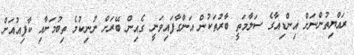
ރައްޔިތުންނަށް އިންޑިއާގެ ސަލާމަތީ ބާރުތަކުން އަންގާފައިވަނީ ގެއިން ބޭރަށް ނުނިކުމެ ތިބުމަށާއި ކާފިއުއަށް